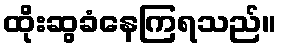
ထိုးဆွခံနေကြရသည်။